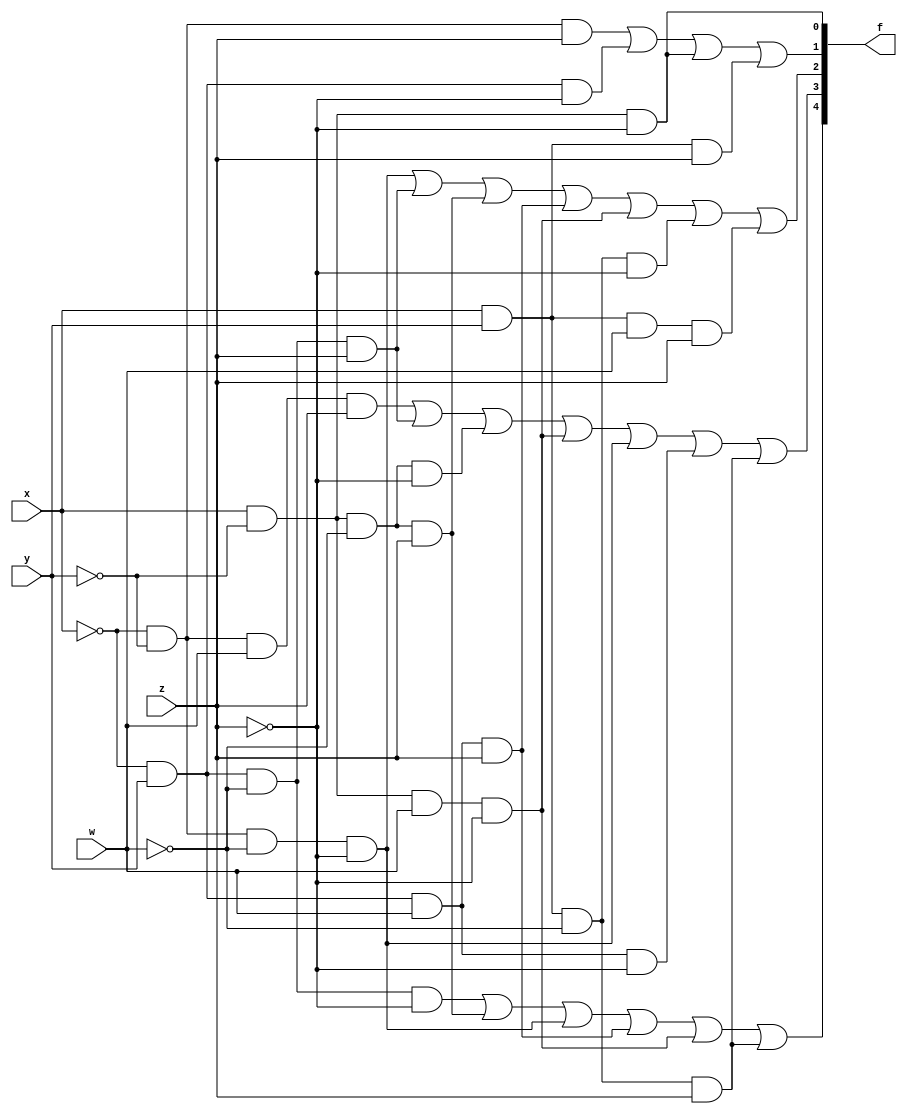
module Guia_0403 (
    output [4:0] f,
    input x,
    y,
    z,
    w
);
  // Expresso a: f(x, y, z) = m(2, 3, 6, 7)
  assign f[0] = x & ~y & ~z;

  // Expresso b: f(x, y, z) = m(1, 3, 5, 7)
  assign f[1] = ~x & ~y & z | ~x & y & ~z | x & ~y & ~z | x & y & z;

  // Expresso c: f(x, y, w, z) = m(1, 3, 4, 6, 9, 12, 13)
  assign f[2] = ~x & ~y & ~w & ~z | ~x & y & ~w & z | x & ~y & ~w & z | 
                 ~x & y & w & z | x & ~y & w & ~z | x & y & ~w & ~z | x & y & w & z;

  // Expresso d: f(x, y, w, z) = m(1, 2, 5, 6, 8, 10, 12)
  assign f[3] = ~x & ~y & w & z | ~x & y & ~w & z | x & ~y & ~w & ~z | 
                 x & ~y & w & ~z | ~x & ~y & ~w & ~z | ~x & y & w & ~z | x & y & ~w & z;

  // Expresso e: f(x, y, w, z) = m(0, 2, 3, 7, 9, 13)
  assign f[4] = ~x & y & ~w & ~z | x & ~y & ~w & z | ~x & ~y & ~w & ~z | 
                 ~x & y & w & z | x & ~y & w & ~z | x & y & ~w & z;
endmodule